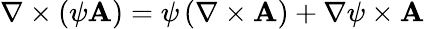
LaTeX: \nabla\times\left(\psi\mathbf{A}\right)=\psi\, (\nabla\times\mathbf{A})+\nabla\psi\times\mathbf{A}